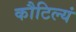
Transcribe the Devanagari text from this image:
कौटिल्यं